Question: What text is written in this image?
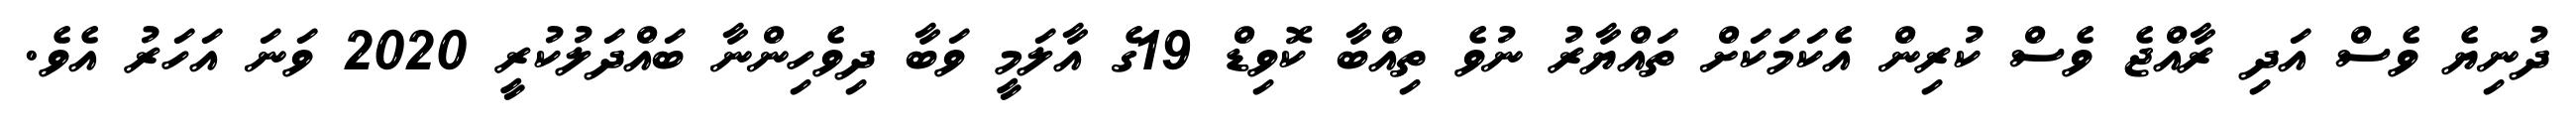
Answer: ދުނިޔެ ވެސް އަދި ރާއްޖެ ވެސް ކުރިން އެކަމަކަށް ތައްޔާރު ނުވެ ތިއްބާ ކޮވިޑް 19ގެ އާލަމީ ވަބާ ދިވެހިންނާ ބައްދަލުކުރީ 2020 ވަނަ އަހަރު އެވެ.